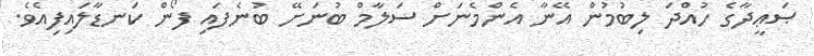
ޞަޢީދާގެ ހުއްދަ ލިބުމުން އޭނާ އެންމެނަށް ސަލާމް ބުނަށޭ ބުނެފައި ފޯން ކަނޑާލައިފިއެވެ.